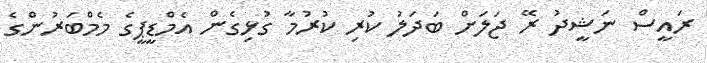
ރައީސް ނަޝީދު ރޭ ޖަލަށް ބަދަލު ކުރި ކުރުމާ ގުޅިގެން އެމްޑީޕީގެ މެމްބަރުންގެ